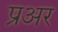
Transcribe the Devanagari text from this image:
प्रअर